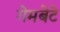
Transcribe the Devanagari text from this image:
गेमबेटे